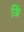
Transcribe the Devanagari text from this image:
अिं